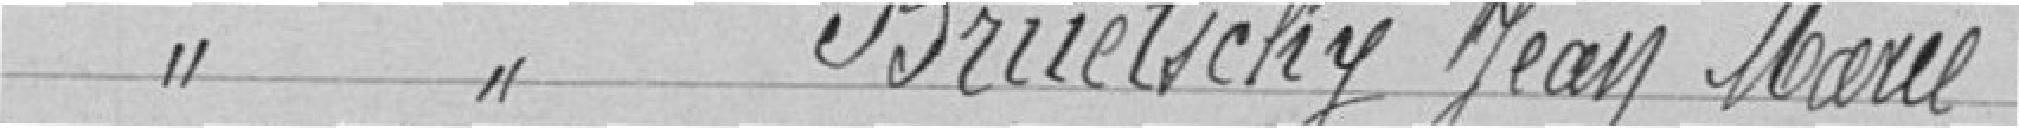
Classe 1925 BRUETSCHY Jean Marie